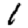
Digit: 1